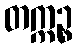
တက္ကဉ္စ